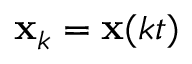
{ \bf x } _ { k } = { \bf x } ( k t )